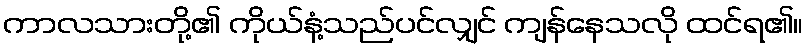
ကာလသားတို့၏ ကိုယ်နံ့သည်ပင်လျှင် ကျန်နေသလို ထင်ရ၏။